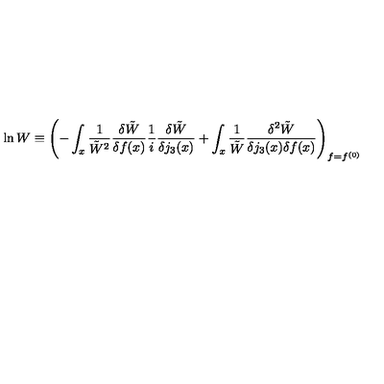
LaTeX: \ln W \equiv \left( - \int _ { x } \frac { 1 } { \tilde { W } ^ { 2 } } \frac { \delta \tilde { W } } { \delta f ( x ) } \frac 1 i \frac { \delta \tilde { W } } { \delta j _ { 3 } ( x ) } + \int _ { x } \frac { 1 } { \tilde { W } } \frac { \delta ^ { 2 } \tilde { W } } { \delta j _ { 3 } ( x ) \delta f ( x ) } \right) _ { f = f ^ { ( 0 ) } }